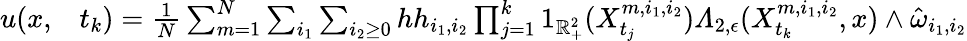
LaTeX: \begin{array}{rl}{u(x,}&{{}t_{k})=\frac{1}{N}\sum_{m=1}^{N}\sum_{i_{1}}\sum_{i_{2}\geq 0}hh_{i_{1},i_{2}}\prod_{j=1}^{k}1_{\mathbb{R}_{+}^{2}}(X_{t_{j}}^{m,i_{1},i_{2}})\varLambda_{2,\epsilon}(X_{t_{k}}^{m,i_{1},i_{2}},x)\wedge\hat{\omega}_{i_{1},i_{2}}}\end{array}